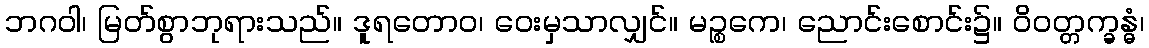
ဘဂဝါ၊ မြတ်စွာဘုရားသည်။ ဒူရတောဝ၊ ဝေးမှသာလျှင်။ မဉ္စကေ၊ ညောင်းစောင်း၌။ ဝိဝတ္တက္ခန္ဓံ၊